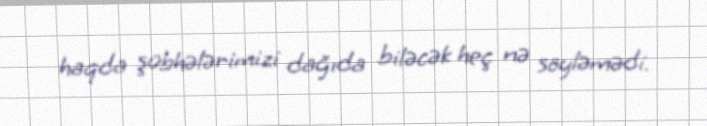
haqda şübhələrimizi dağıda biləcək heç nə söyləmədi.